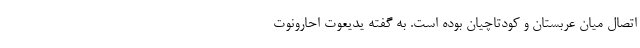
اتصال میان عربستان و کودتاچیان بوده است. به گفته یدیعوت احارونوت